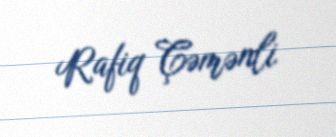
Rafiq Çəmənli